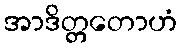
အာဒိတ္တတောဟံ